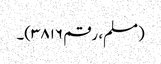
(مسلم، رقم ۳۸۱۶)۔